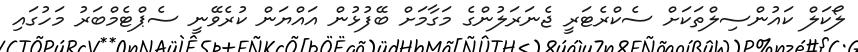
ލޯކަލް ކައުންސިލްތަކަށް ސެކްރެޓަރީ ޖެނަރަލުންގެ މަގާމަށް ބޭފުޅުން އައްޔަން ކުރެވޭނީ ސެޕްޓެމްބަރު މަހުގައި